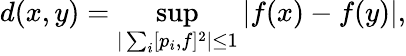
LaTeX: d(x,y)=\operatorname*{sup}_{|\sum_{i}[p_{i},f]^{2}|\leq 1}|f(x)-f(y)|,